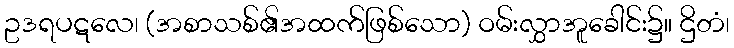
ဥဒရပဋလေ၊ (အစာသစ်၏အထက်ဖြစ်သော) ဝမ်းလွှာအူခေါင်း၌။ ဌိတံ၊